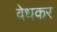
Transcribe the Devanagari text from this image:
वेधकर